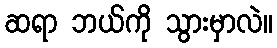
ဆရာ ဘယ်ကို သွားမှာလဲ။